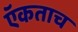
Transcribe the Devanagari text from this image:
ऍकताच